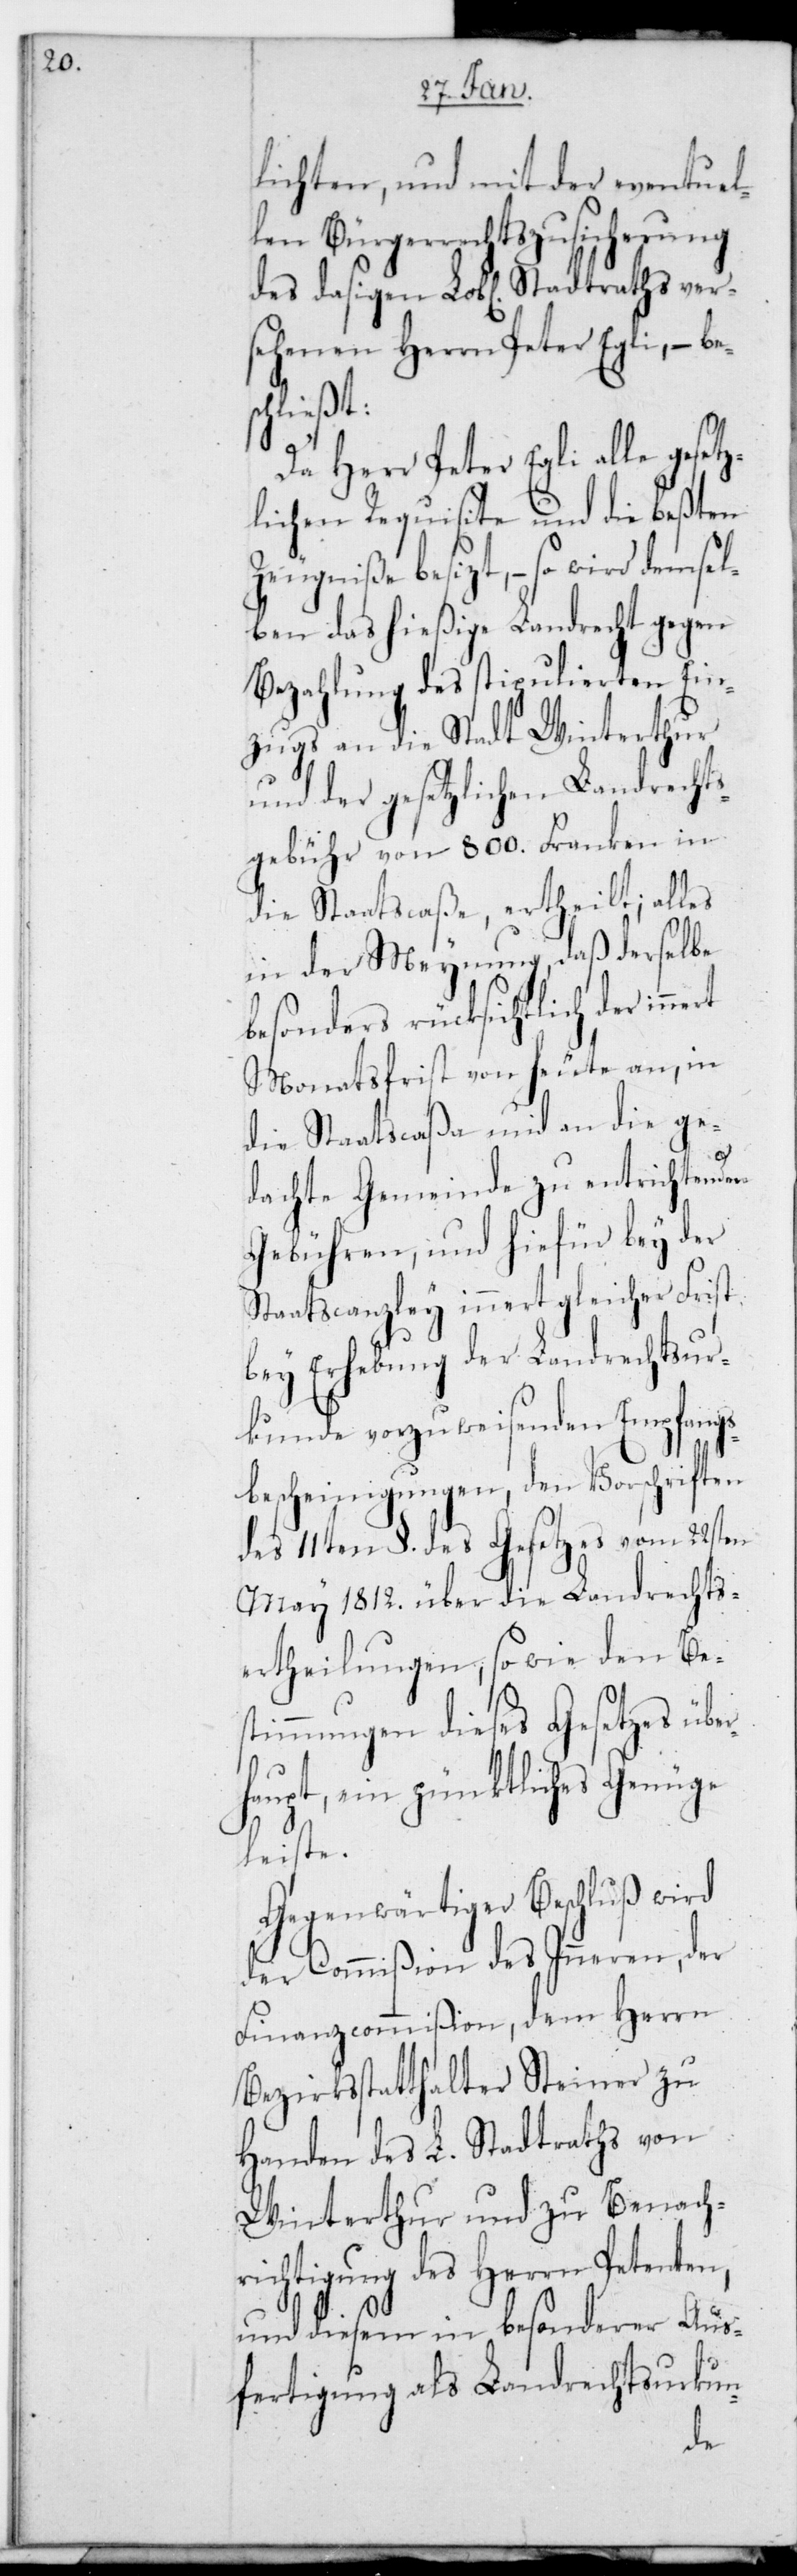
lichten und mit der eventuel¬
len Bürgerrechtszusicherung
des dasigen Lobl. Stadtraths ver¬
sehenen Herrn Peter Egli, – bes¬
chließt:
Da Herr Peter Egli alle gesetz¬
lichen Requisite und die beßten
Zeugniße besitzt, – so wird demsel¬
ben das hießige Landrecht gegen
Bezahlung des stipulierten Ein¬
zugs an die Stadt Winterthur
und der gesetzlichen Landrechts¬
gebühr von 800. Franken in
die Staatscaße ertheilt; alles
in der Meynung, daß derselbe
besonders rücksichtlich der in¬
Monatsfrist von heute an, in
die Staatscaßa und an die ge¬
nert
dachte Gemeinde zu entrichtenden
Gebühren, und hiefür bey der
Staatscanzley innert gleicher Frist
bey Erhebung der Landrechtsur¬
kunde vorzuweisenden Empfangs¬
bescheinigungen, den Vorschriften
des 11ten §. des Gesetzes vom 22sten
May 1812. über die Landrechts¬
ertheilungen, sowie den Bes¬
timmungen dieses Gesetzes über¬
haupt, ein pünktliches Genüge
leiste.
Gegenwärtiger Beschluß
der Commißion des Inneren, der
Finanzcommißion, dem Herrn
Bezirksstatthalter Steiner zu
Handen des L. Stadtraths von
Winterthur, und zu Benach¬
richtigung des Herrn Petenten,
und diesem in besonderer Aus¬
fertigung als Landrechtsurkun-